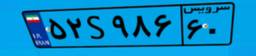
۷۴S۲۰۸۵۴